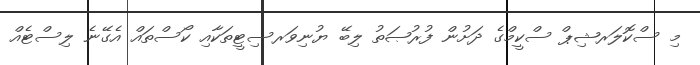
މި ސްކޮލަރޝިޕް ސްކީމްގެ ދަށުން ފުރުޞަތު ލިބޭ ޔުނިވަރސިޓީތަކާއި ކޯސްތައް އެގޭނެ ލިސްޓެއް